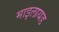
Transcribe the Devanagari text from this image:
माइलायड